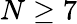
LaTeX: N\geq 7